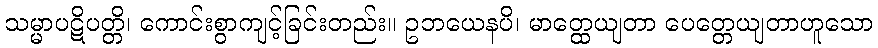
သမ္မာပဋိပတ္တိ၊ ကောင်းစွာကျင့်ခြင်းတည်း။ ဥဘယေနပိ၊ မာတ္ထေယျတာ ပေတ္တေယျတာဟူသော